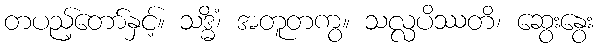
တပည့်တော်နှင့်။ သဒ္ဓိံ၊ အတူတကွ။ သလ္လပိဿတိ၊ ဆွေးနွေး